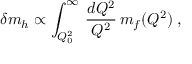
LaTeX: \delta m _ { h } \propto \int _ { Q _ { 0 } ^ { 2 } } ^ { \infty } \, \frac { d Q ^ { 2 } } { Q ^ { 2 } } \, m _ { f } ( Q ^ { 2 } ) \; ,